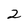
Character: 2